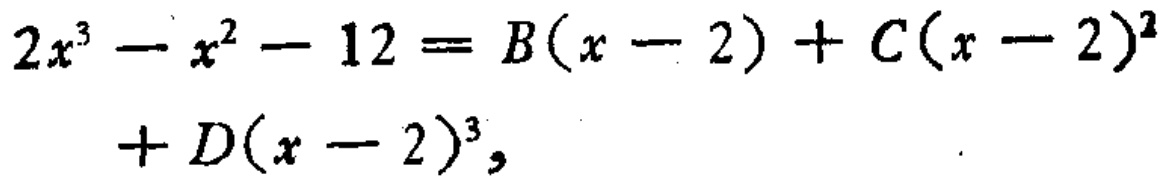
\[
\begin{align*}
2x^{3}-x^{2}-12&=B(x - 2)+C(x - 2)^{2}\\
&+D(x - 2)^{3},
\end{align*}
\]